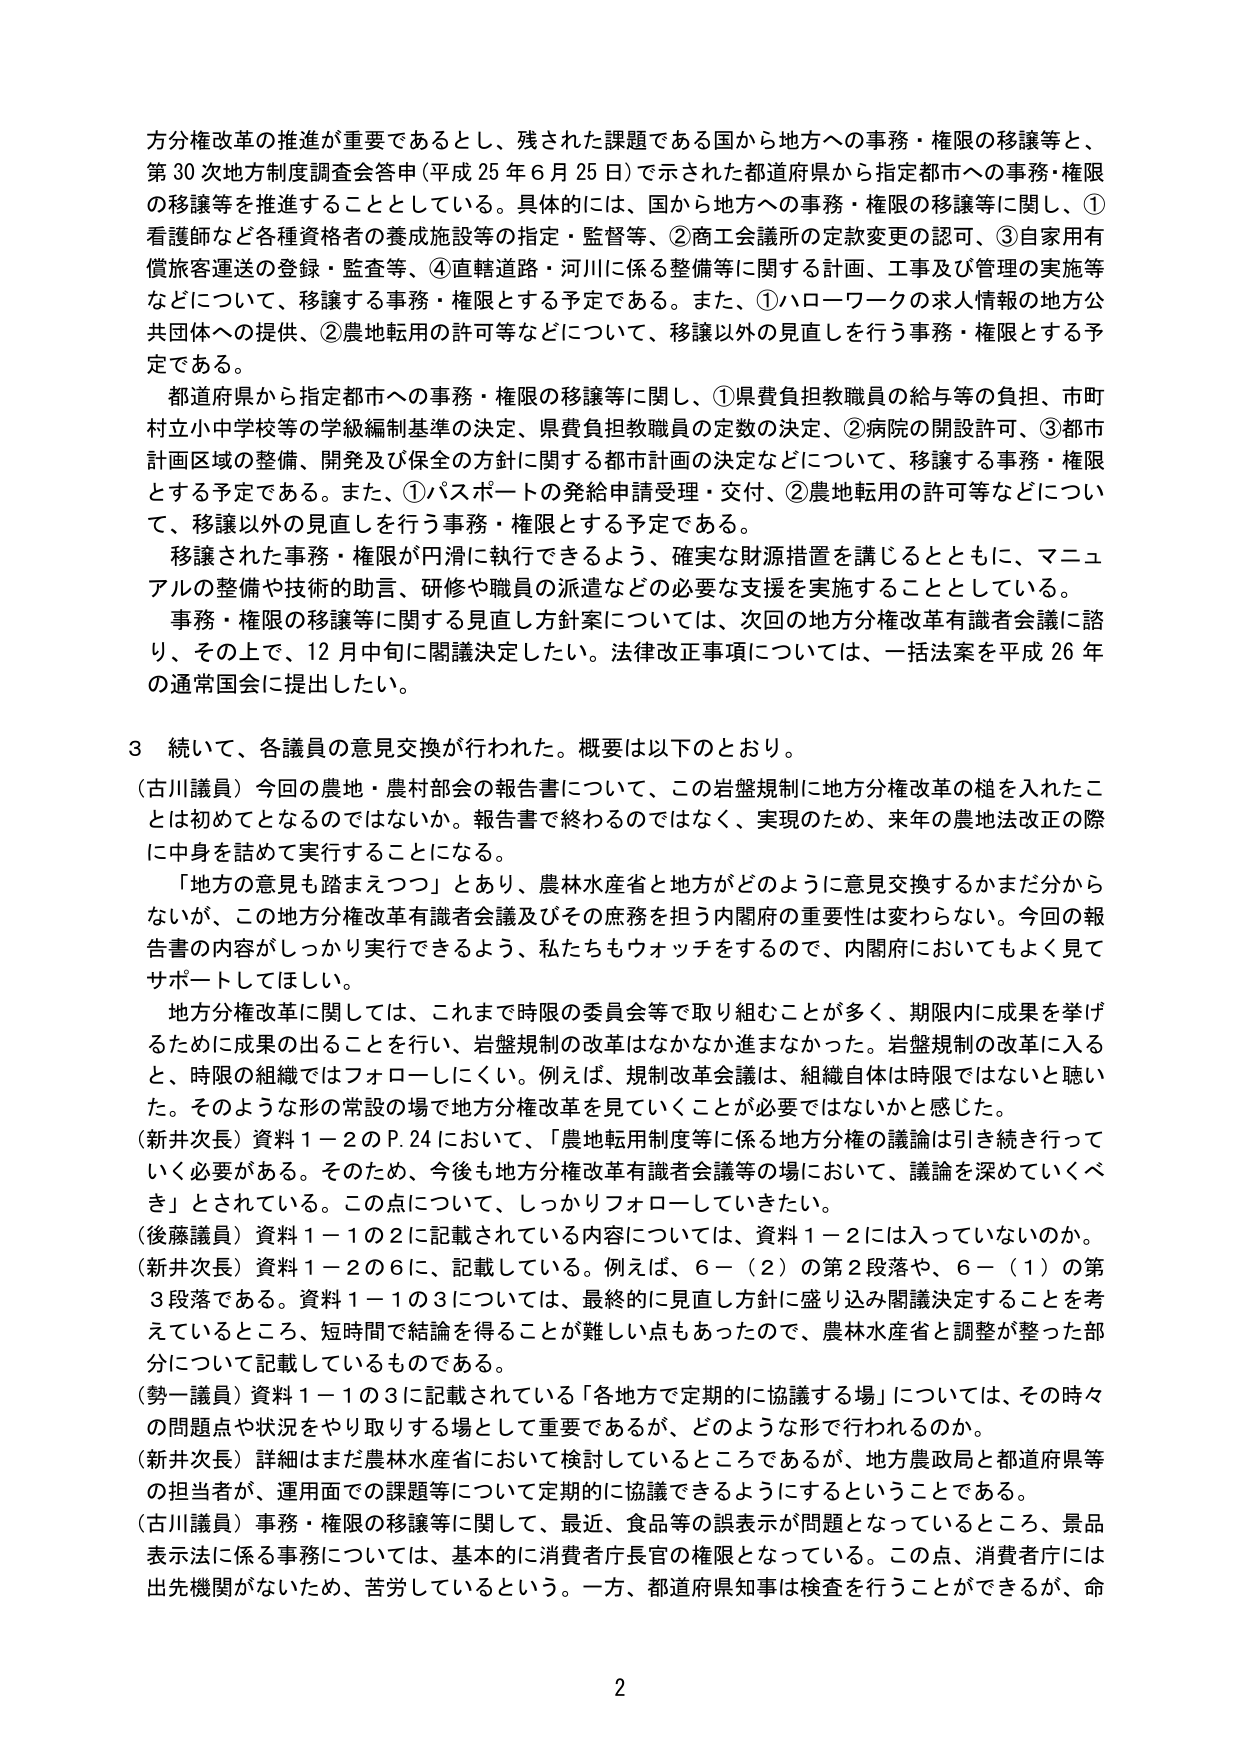
方分権改革の推進が重要であるとし、残された課題である国から地方への事務・権限の移譲等と、第30次地方制度調査会答申（平成25年6月25日）で示された都道府県から指定都市への事務・権限の移譲等を推進することとしている。具体的には、国から地方への事務・権限の移譲等に関し、①看護師など各種資格者の養成施設等の指定・監督等、②商工会議所の定款変更の認可、③自家用有償旅客運送の登録・監査等、④直轄道路・河川に係る整備等に関する計画、工事及び管理の実施等などについて、移譲する事務・権限とする予定である。また、①ハローワークの求人情報の地方公共団体への提供、②農地転用の許可等などについて、移譲以外の見直しを行う事務・権限とする予定である。

都道府県から指定都市への事務・権限の移譲等に関し、①県費負担教職員の給与等の負担、市町村立小中学校等の学級編制基準の決定、県費負担教職員の定数の決定、②病院の開設許可、③都市計画区域の整備、開発及び保全の方針に関する都市計画の決定などについて、移譲する事務・権限とする予定である。また、①パスポートの発給申請受理・交付、②農地転用の許可等などについて、移譲以外の見直しを行う事務・権限とする予定である。

移譲された事務・権限が円滑に執行できるよう、確実な財源措置を講じるとともに、マニュアルの整備や技術的助言、研修や職員の派遣などの必要な支援を実施することとしている。

事務・権限の移譲等に関する見直し方針案については、次回の地方分権改革有識者会議に諮り、その上で、12月中旬に関議決定したい。法律改正事項については、一括法案を平成26年の通常国会に提出したい。

3 続いて、各議員の意見交換が行われた。概要は以下のとおり。

（古川議員）今回の農地・農村部会の報告書について、この岩盤規制に地方分権改革の槌を入れたことは初めてとなるのではないか。報告書で終わるのではなく、実現のため、来年の農地法改正の際に中身を詰めて実行することになる。

「地方の意見も踏まえつつ」とあり、農林水産省と地方がどのように意見交換するかまだ分からないが、この地方分権改革有識者会議及びその庶務を担う内閣府の重要性は変わらない。今回の報告書の内容がしっかり実行できるよう、私たちもウォッチをするので、内閣府においてもよく見てサポートしてほしい。

地方分権改革に関しては、これまで時限の委員会等で取り組むことが多く、期限内に成果を挙げるために成果の出ることを行い、岩盤規制の改革はなかなか進まなかった。岩盤規制の改革に入るとき、時限の組織ではフォローしにくい。例えば、規制改革会議は、組織自体は時限ではないと聞いた。そのような形の常設の場で地方分権改革を見ていくことが必要ではないかと感じた。

（新井次長）資料1－2のP.24において、「農地転用制度等に係る地方分権の議論は引き続き行っていく必要がある。そのため、今後も地方分権改革有識者会議等の場において、議論を深めていくべき」とされている。この点について、しっかりフォローしていきたい。

（後藤議員）資料1－1の2に記載されている内容については、資料1－2には入っていないのか。

（新井次長）資料1－2の6に、記載している。例えば、6－（2）の第2段落や、6－（1）の第3段落である。資料1－1の3については、最終的に見直し方針に盛り込み関議決定することを考えているところ、短時間で結論を得ることが難しい点もあったので、農林水産省と調整が整った部分について記載しているものである。

（勢一議員）資料1－1の3に記載されている「各地方で定期的に協議する場」については、その時々の問題点や状況をやり取りする場として重要であるが、どのような形で行われるのか。

（新井次長）詳細はまだ農林水産省において検討しているところであるが、地方農政局と都道府県等の担当者が、運用面での課題等について定期的に協議できるようにするということである。

（古川議員）事務・権限の移譲等に関して、最近、食品等の誤表示が問題となっているところ、景品表示法に係る事務については、基本的に消費者庁長官の権限となっている。この点、消費者庁には出先機関がないため、苦労しているという。一方、都道府県知事は検査を行うことができるが、命

2